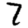
Digit: 7